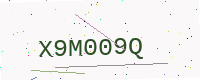
Text: X9M009Q